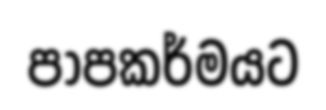
පාපකර්මයට